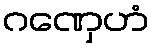
ဂဏှေဟံ